Annual statistical returns and brief notes on vaccination in Bengal - 1887-1898
Year: 1887
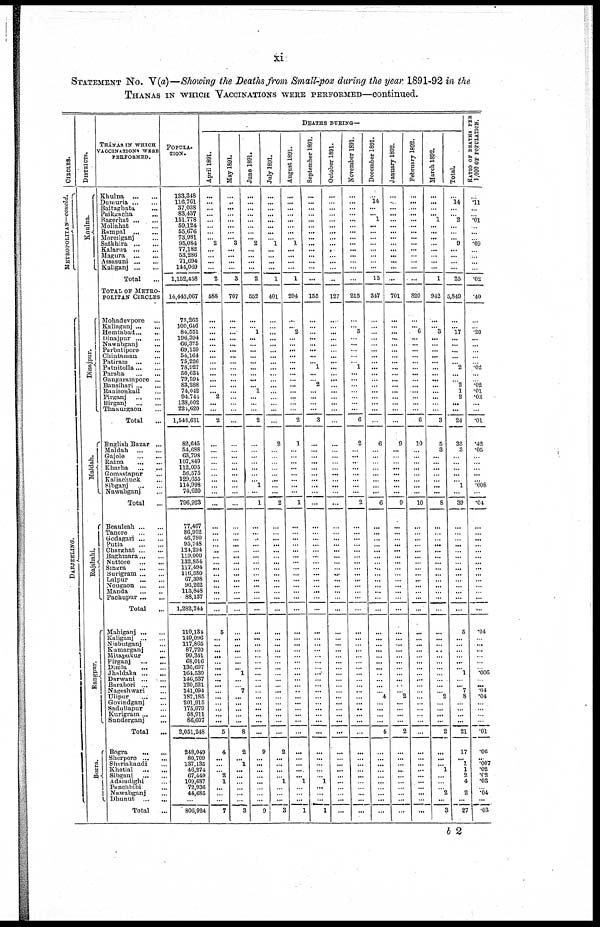
xi
STATEMENT No. V(a)—Showing the Deaths from Small-pox during the year 1891-92 in the
THANAS IN WHICH VACCINATIONS WERE PERFORMED—continued.
CIRCLES.
METROPOLITAN—concld.
DARJEELING.
DISTRICTS.
Knulna.
Dinajpur.
Maldah.
Rajshahi.
Rangpur.
Bogra.
THÁNAS IN WHICH
VACCINATIONS WERE
PERFORMED.
Khulna
...
...
Dumuria ... ...
Baitaghata ...
Paikgacha ...
Ragerhat ... ...
Mollahat ...
Rampal
...
...
Moreilganj ...
Satkhira ... ...
Kalarua ... ...
Magura
...
...
Assasuni ... ...
Kaliganj ... ...
Total ...
TOTAL OF METRO¬
POLITAN CIRCLES
Mohadevpore ...
Kaliaganj ... ...
Hemtabad ... ...
Dinajpur ... ...
Nawabganj ...
Parbatipore ...
Chintaman ...
Patiram
...
...
Patnitolla ... ...
Parsha
...
...
Gangarampore ...
Bansihari ... ...
Ranisonkail ...
Pirganj
...
...
Birganj
...
...
Thakurgaon ...
Total ...
English Bazar ...
Maldah
...
...
Gajole
...
...
Ratna
...
...
Kharba ...
...
Gomastapur ...
Kaliachuck
...
Sibganj
...
...
Nawabganj
...
Total ...
Beauleah ... ...
Tanore
...
...
Godagari ... ...
Putia
...
...
Charghat ... ...
Baghmara ... ...
Nuttore
...
...
Singra
...
...
Burigram ... ...
Lalpur
...
...
Nougaon ... ...
Manda
...
...
Pachupur ... ...
Total ...
Mahiganj...
...
Kaliganj ... ...
Nisbutganj ...
Kumarganj ...
Mitapukur
...
Pirganj
...
...
Dimla
...
...
Jhnldaka ... ...
Darwani ... ...
Barabori ... ...
Nageshwari ...
Ulipur
...
...
Govindganj ...
Sadullapur ...
Kurigram ... ...
Sunderganj ...
Total ...
Bogra
...
...
Sherpore
...
...
Sheriakandi ...
Khetlal
...
...
Sibganj
...
...
Adamdighi ...
Punchbibi ...
Nawabganj ...
Dhunut
...
...
Total
...
POPULA¬
----.
133,318
116,761
37,038
83,437
151,778
59,124
55,676
73,981
95,084
77,182
53,286
71,694
144,069
1,152,458
14,443,067
73,265
100,646
84,551
196,394
66,375
69,159
54,164
75,226
78,927
50,634
79,591
83,288
74,042
94,744
138,002
224,620
1,543,631
82,645
54,688
63,793
107,849
112,095
56,575
129,655
114,998
74,620
796,923
77,467
86,952
46,780
95,748
121,224
119,000
132,854
117,494
116,580
67,398
96,262
113,848
88,137
1,282,744
110,134
149,096
117,865
87,720
99,341
68,016
136,697
161,530
146,537
120,521
141,094
187,185
201,915
175,079
58,911
86,607
2,051,248
248,049
80,709
137,135
46,274
67,449
109,687
72,936
44,685
...
806,924
DEATHS DURING—
April 1891.
...
...
...
...
...
...
...
... 2
...
...
...
...
2
588
...
...
...
...
...
...
...
...
...
...
...
...
... 2
...
...
2
...
...
... ...
...
...
...
...
...
...
...
...
...
... ...
...
...
...
...
...
...
...
...
...
5
...
...
...
...
...
...
...
...
...
...
...
...
...
...
...
5
4
...
...
... 2
1
...
...
...
7
May 1891.
...
...
...
...
...
...
...
... 3
...
...
...
...
3
707
...
... ...
...
...
...
...
...
...
...
...
...
...
...
...
...
...
...
...
...
...
...
...
...
...
...
...
...
... ...
...
...
...
...
... ...
...
...
...
...
...
...
...
...
...
...
...
... 1
...
... 7
...
...
...
...
...
8
2
... 1
...
...
...
...
...
...
3
June 1891.
...
...
...
...
...
...
...
...
2
...
...
...
...
2
552
...
...
1
...
...
...
...
...
...
...
...
... 1
...
...
...
2
...
...
...
...
...
...
...
1
...
1
...
...
...
...
...
... ...
...
...
...
...
...
...
...
...
...
...
...
...
...
...
...
...
...
...
...
...
...
...
...
...
9
...
...
...
...
...
...
...
...
9
July 1891.
...
...
...
...
...
...
...
...
1
...
... ...
...
1
401
...
...
...
...
...
...
...
...
...
...
...
...
...
...
...
...
...
2
...
...
...
...
...
...
...
...
2
...
...
...
...
...
...
...
...
...
...
...
...
...
...
...
...
...
...
...
...
...
...
...
...
...
...
...
...
...
...
...
2
...
...
...
... 1
...
...
...
3
August 1891.
...
...
...
...
...
...
...
... 1
...
...
... ...
1
294
...
... 2
...
...
...
...
...
...
...
...
...
...
...
...
...
2
1
...
...
...
...
...
...
...
...
1
...
...
...
...
...
...
...
...
...
...
...
...
...
...
...
...
...
...
...
...
...
...
...
...
...
...
...
...
...
...
...
...
...
...
...
... 1
...
...
...
1
September 1891.
...
...
...
...
...
...
...
...
...
...
...
...
...
...
155
...
...
...
...
...
...
...
... 1
...
...
2
...
...
...
...
3
...
...
...
...
...
...
...
...
...
...
...
...
...
...
...
...
...
...
...
...
...
...
...
...
...
...
...
...
...
...
...
...
...
...
...
...
...
...
...
...
...
...
...
...
...
... 1
...
...
...
1
Oc t
obe r 1891.
...
...
...
...
...
...
...
...
... ...
...
...
...
...
127
...
...
... ...
...
...
...
...
...
...
...
...
...
...
...
...
...
...
...
...
...
...
...
...
...
...
...
...
...
...
...
...
...
...
...
...
...
...
...
...
...
...
...
...
...
...
...
...
...
...
...
...
...
...
...
...
...
...
...
...
...
...
...
...
...
...
...
...
No v e mb e r 1891.
...
...
...
...
...
...
...
...
...
...
...
...
...
...
216
...
...
5
...
...
...
...
...
1
...
...
...
...
...
...
...
6
2
...
...
...
...
...
...
...
...
2
...
...
...
...
...
...
...
...
...
...
...
...
...
...
...
...
...
...
...
...
...
...
...
...
...
...
...
...
...
...
...
...
...
...
...
...
...
...
...
...
...
December 1891.
...
14
...
... 1
...
...
...
...
...
...
...
...
15
347
...
...
...
...
...
...
...
...
...
...
...
...
...
...
...
...
...
6
... ...
...
...
...
...
...
...
6
...
...
...
...
...
...
...
...
...
...
...
...
...
...
...
...
...
...
...
...
...
...
...
...
... 4
...
...
...
...
4
...
...
...
...
...
...
...
...
...
...
January 1892.
...
...
...
...
...
...
...
...
...
...
...
...
...
...
701
...
...
...
...
...
...
...
...
...
...
...
...
...
...
...
...
...
9
...
...
...
...
...
...
...
...
9
...
...
...
...
...
...
...
...
...
...
...
...
...
...
...
...
...
...
...
...
...
...
...
...
... 2
...
...
...
...
2
...
...
...
...
...
...
...
...
...
...
February 1892.
...
...
...
...
...
....
...
...
...
...
...
...
...
...
820
...
... 6
...
...
...
...
...
...
...
...
...
...
...
...
...
6
10
...
...
...
...
...
...
...
...
10
...
... ...
...
...
...
...
...
...
... ...
...
...
...
...
...
...
...
...
...
...
...
...
...
...
...
...
...
...
...
...
...
...
...
...
...
...
...
...
...
...
March 1892.
...
...
...
... 1
...
...
...
...
...
...
...
...
1
942
...
... 3
...
...
...
...
... ...
...
...
...
...
...
...
...
3
5
3
...
...
...
...
... ...
...
8
...
...
...
...
...
...
...
...
...
...
...
...
...
...
...
...
...
...
...
...
...
...
...
...
... 2
...
...
...
...
2
...
...
... 1
...
...
... 2
...
3
Total.
...
14
...
...
2
...
...
... 9
...
... ...
...
25
5,849
...
...
17
...
...
...
...
...
2
...
...
2
1
2
...
...
24
35
3
...
...
...
...
...
1
...
39
...
...
...
...
...
...
...
...
...
...
...
...
...
...
5
...
...
...
...
... ... 1
...
... 7
8
...
...
...
...
21
17
... 1
1
2
4
... 2
...
27
RATIO OF DEATHS PER
1,000 OF POPULATION.
...
.11
...
...
.01
...
...
...
.09
...
...
...
...
.02
.40
...
...
.20
...
...
...
...
...
.02
...
...
.02
.01
.02
...
...
.01
.42
.05
...
...
... ...
...
.008
...
.04
...
...
...
...
...
...
...
...
...
...
...
...
...
...
.04
...
...
...
...
...
... .006
...
... .04
.04
...
...
...
...
.01
.06
... .007
.02
.02
.03
... .04
...
.03
b 2